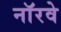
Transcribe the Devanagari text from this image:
नाॅरवे